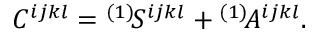
C ^ { i j k l } = { } ^ { ( 1 ) } \! S ^ { i j k l } + { } ^ { ( 1 ) } \! A ^ { i j k l } .